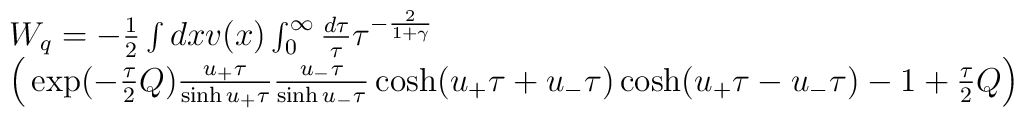
\begin{array}{l} W_{q}=-\frac{1}{2} \int dx v(x)\int_{0}^{\infty} \frac{d\tau}{\tau}   \tau^{-\frac{2}{1+\gamma}} \cr  \Big(\exp(-\frac{\tau}{2}Q)\frac{u_{+}\tau}{\sinh u_{+}\tau}\frac{u_{-}\tau}{\sinh u_{-}\tau}  \cosh (u_{+}\tau+u_{-}\tau)\cosh(u_{+}\tau-u_{-}\tau) -1 +\frac{\tau}{2}Q \Big)\end{array}